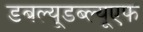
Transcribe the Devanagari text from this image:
डबल्यूडब्ल्यूएफ